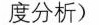
度分析)